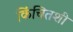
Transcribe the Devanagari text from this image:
किंचितशी